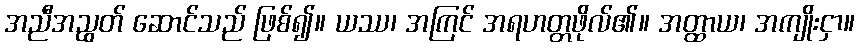
အညီအညွတ် ဆောင်သည် ဖြစ်၍။ ယဿ၊ အကြင် အရဟတ္တဖိုလ်၏။ အတ္ထာယ၊ အကျိုးငှာ။